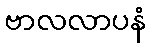
ဗာလလာပနံ